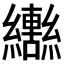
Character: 𬘍